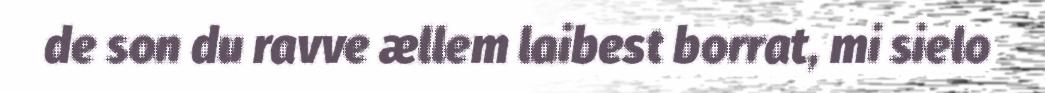
de son du ravve ællem laibest borrat, mi sielo